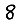
Digit: 8